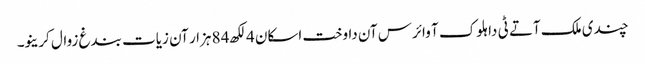
چندی ملک آتے ٹی دا ہلوک آ وائرس آن داوخت اسکان 4 لکھ 84 ہزار آن زیات بندغ زوال کرینو۔